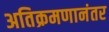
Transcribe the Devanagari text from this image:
अतिक्रमणानंतर